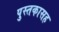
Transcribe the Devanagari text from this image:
पुस्तकासह